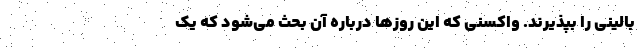
بالینی را بپذیرند. واکسنی که این روزها درباره آن بحث می‌شود که یک